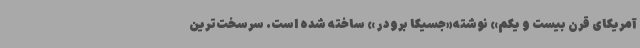
آمریکای قرن بیست و یکم» نوشته«جسیکا برودر » ساخته شده است. سرسخت‌ترین